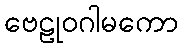
ဗေဠုဝဂါမကော